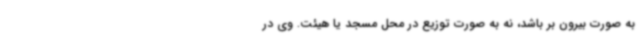
به صورت بیرون بر باشد، نه به صورت توزیع در محل مسجد یا هیئت. وی در